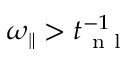
{ \omega _ { \parallel } } > t _ { \mathrm { ~ n ~ l ~ } } ^ { - 1 }